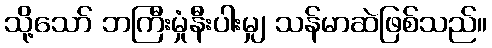
သို့သော် ဘကြီးမှုံနီးပါးမျှ သန်မာဆဲဖြစ်သည်။